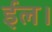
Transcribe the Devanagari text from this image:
ईल।